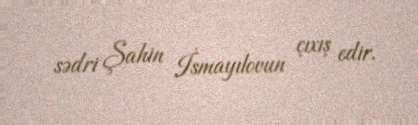
sədri Şahin İsmayılovun çıxış edir.